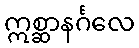
ဣစ္ဆာနင်္ဂလေ